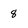
Character: 8